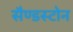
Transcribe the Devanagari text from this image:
सैण्डस्टोन